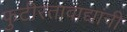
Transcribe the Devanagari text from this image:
फुटीरतावाद्यांनी